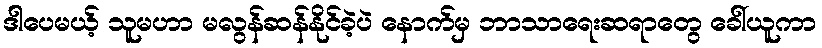
ဒါပေမယ့် သူမဟာ မလွန်ဆန်နိုင်ခဲ့ပဲ နောက်မှ ဘာသာရေးဆရာတွေ ခေါ်ယူကာ